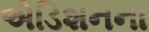
એડિશનના